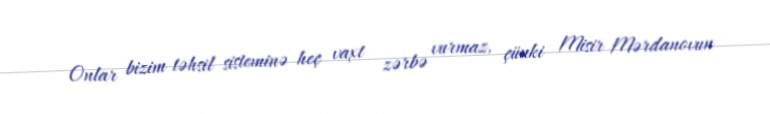
Onlar bizim təhsil sisteminə heç vaxt zərbə vurmaz, çünki Misir Mərdanovun